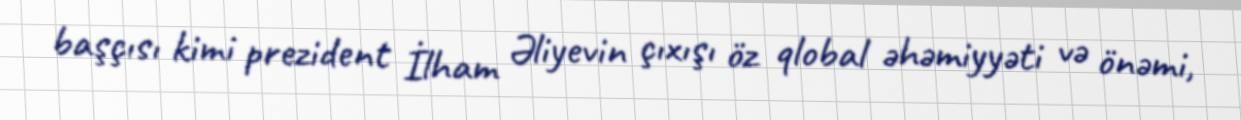
başçısı kimi prezident İlham Əliyevin çıxışı öz qlobal əhəmiyyəti və önəmi,